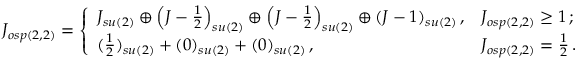
J _ { o s p ( 2 , 2 ) } = \left\{ \begin{array} { l l } { { J _ { s u ( 2 ) } \oplus \left( J - \frac { 1 } { 2 } \right) _ { s u ( 2 ) } \oplus \left( J - \frac { 1 } { 2 } \right) _ { s u ( 2 ) } \oplus ( J - 1 ) _ { s u ( 2 ) } \, , } } & { { J _ { o s p ( 2 , 2 ) } \geq 1 \, ; } } \\ { { ( \frac { 1 } { 2 } ) _ { s u ( 2 ) } + ( 0 ) _ { s u ( 2 ) } + ( 0 ) _ { s u ( 2 ) } \, , } } & { { J _ { o s p ( 2 , 2 ) } = \frac { 1 } { 2 } \, . } } \end{array} \right.